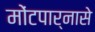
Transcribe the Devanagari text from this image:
मोंटपार्नासे